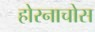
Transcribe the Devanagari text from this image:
होरनाचोस